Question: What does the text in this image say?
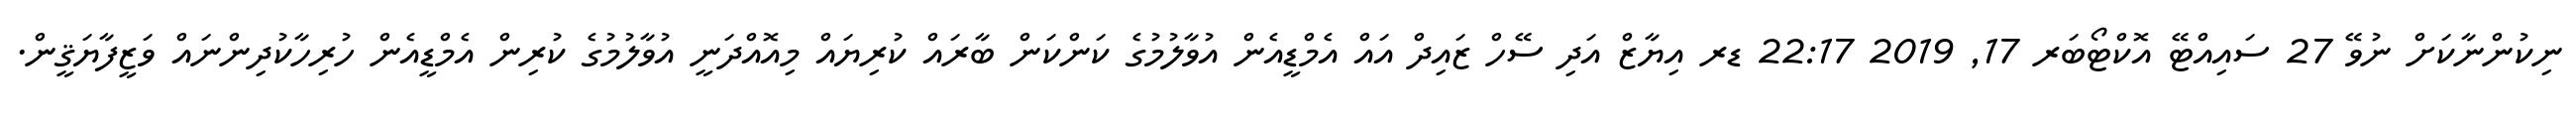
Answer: ނިކުންނާކަށް ނުވޭ 27 ސައިއްޓޭ އޮކްޓޯބަރ 17, 2019 22:17 ޑރ އިޔާޒް އަދި ސޭހް ޒައިދް އައް އެމްޑީއެން އުވާލުމުގެ ކަންކަން ބާރައް ކުރިޔައް މިއޮއްދަނީ އުވާލުމުގެ ކުރިން އެމްޑީއެން ހުރިހާކުދިންނައް ވަޒީފާޔަޤީން.